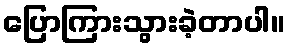
ပြောကြားသွားခဲ့တာပါ။